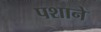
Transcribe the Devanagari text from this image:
पशाने